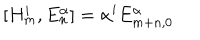
[ H _ { m } ^ { i } , E _ { n } ^ { \alpha } ] = \alpha ^ { i } E _ { m + n , 0 } ^ { \alpha }